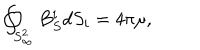
LaTeX: \oint _ { S _ { \infty } ^ { 2 } } B _ { S } ^ { i } d S _ { i } = 4 \pi \mu ,